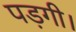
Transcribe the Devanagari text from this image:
पड़गी।